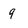
Character: 9